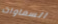
السماوات